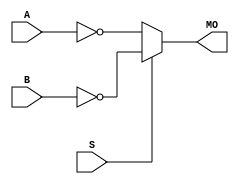
module stratixiii_nmux21 (MO, A, B, S);
   input A, B, S; 
   output MO; 
   assign MO = (S == 1) ? ~B : ~A; 
endmodule